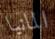
المانيا